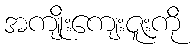
အကျိုးကျေးဇူးကို